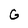
Character: G